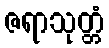
ဇရာသုတ္တံ